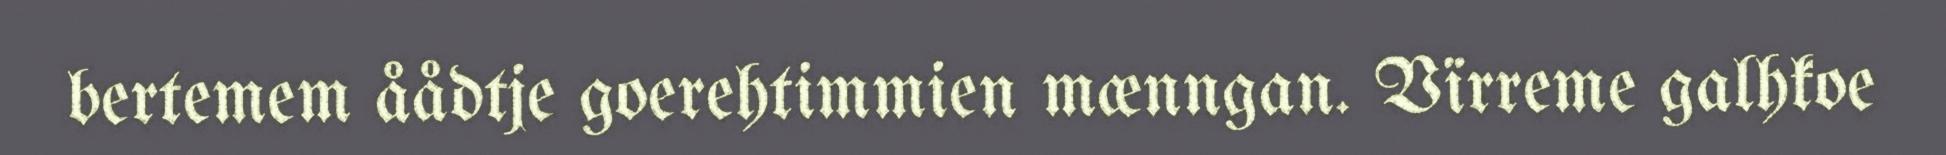
bertemem åådtje goerehtimmien mænngan. Vïrreme galhkoe